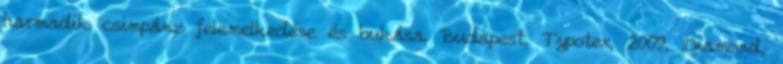
harmadik csimpánz felemelkedése és bukása. Budapest, Typotex, 2009. Diamond,